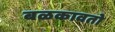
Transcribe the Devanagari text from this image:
बळकावतो